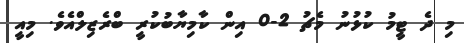
މި ދެ ޓީމު ކުޅުނު މެޗު 2-0 އިން ކާމިޔާބުކުރީ ބްރެޒިލްއެވެ. މިއީ